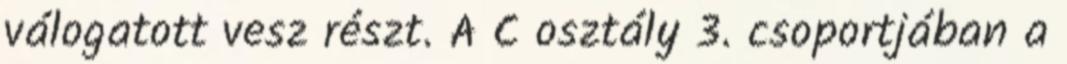
válogatott vesz részt. A C osztály 3. csoportjában a